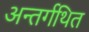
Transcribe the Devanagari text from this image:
अन्तर्गथित